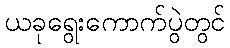
ယခုရွေးကောက်ပွဲတွင်